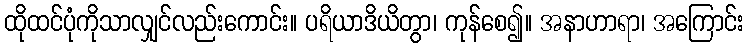
ထိုထင်ပုံကိုသာလျှင်လည်းကောင်း။ ပရိယာဒိယိတွာ၊ ကုန်စေ၍။ အနာဟာရာ၊ အကြောင်း